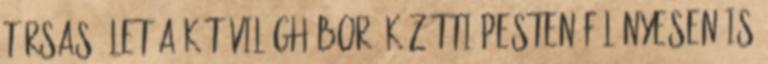
társas élet a két világháború közötti Pesten Fölényesen is